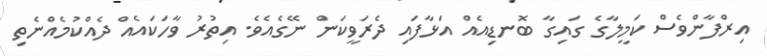
އިރްފާންވެސް ކަމީލާގެ ގައިގާ ބޮނޑިއެއް އަޅާފައި ދެރަވީކަން ނޭގެއެވެ. އިތުރު ވާހަކައެއް ދެއްކުމެއްނެތި